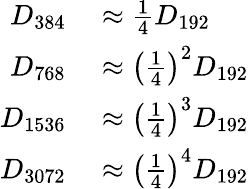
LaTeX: \begin{array}{rl}{D_{384}}&{{}{}\approx{\frac{1}{4}}D_{192}}\\ {D_{768}}&{{}{}\approx\left({\frac{1}{4}}\right)^{2}D_{192}}\\ {D_{1536}}&{{}{}\approx\left({\frac{1}{4}}\right)^{3}D_{192}}\\ {D_{3072}}&{{}{}\approx\left({\frac{1}{4}}\right)^{4}D_{192}}\end{array}